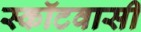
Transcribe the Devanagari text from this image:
स्कॉटवासी